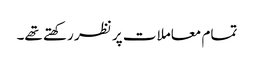
تمام معاملات پر نظر رکھتے تھے۔